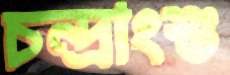
চন্দ্রাংশু